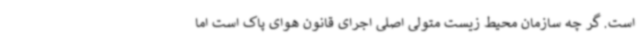
است. گر چه سازمان محیط‌ زیست متولی اصلی اجرای قانون هوای پاک است اما